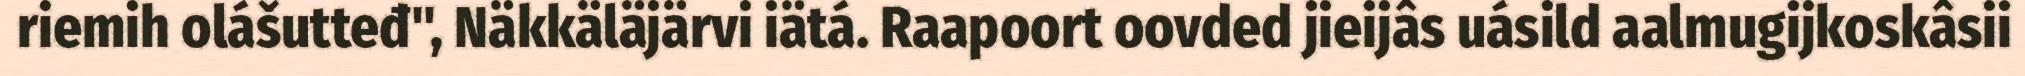
riemih olášutteđ", Näkkäläjärvi iätá. Raapoort oovded jieijâs uásild aalmugijkoskâsii